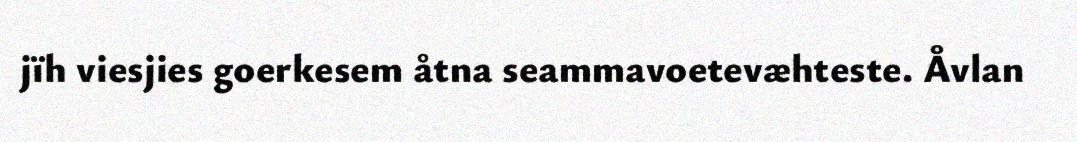
jïh viesjies goerkesem åtna seammavoetevæhteste. Åvlan